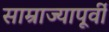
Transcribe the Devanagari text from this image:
साम्राज्यापूर्वी